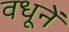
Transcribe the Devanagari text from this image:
वधूनें